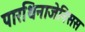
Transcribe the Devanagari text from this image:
पारथिनाजेनिसस